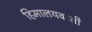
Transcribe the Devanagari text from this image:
हिमालयवासी